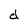
Character: d